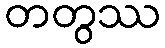
တတွဿ